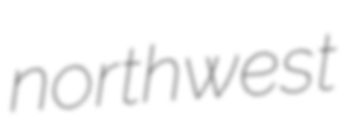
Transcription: northwest